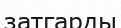
затгарды